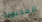
المحبوبة